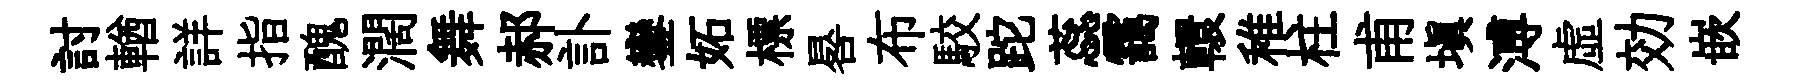
討輶詳指醜濶舞郝訃鑾妬標晷布駮跎蕊靄轘稚柱甫填溥虚効嵌